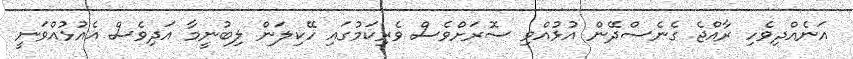
އަނެއްދިވެހި ރާއްޖެ ގެނެސްދޭން އުޅުއްވި ސޮރަށްވެސް ވެރިކަމުގައި ހޭކިލަން ލިބުނީމާ އަދިވެސް އެއުޅުއްވަނީ